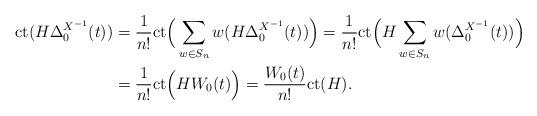
LaTeX: \begin{align*}\mathrm{ct}(H \Delta^{X^{-1}}_{0}(t))&= \frac{1}{n!} \mathrm{ct}\Big( \sum_{w\in S_n} w(H \Delta^{X^{-1}}_{0}(t))\Big)= \frac{1}{n!} \mathrm{ct}\Big( H \sum_{w\in S_n} w(\Delta^{X^{-1}}_{0}(t))\Big) \\&= \frac{1}{n!} \mathrm{ct}\Big( H W_0(t)\Big)= \frac{W_0(t)}{n!} \mathrm{ct}(H).\end{align*}